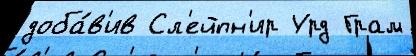
доба́в'ив Сл'ейпн'ир Урд Грам